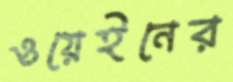
ওয়েইনের